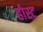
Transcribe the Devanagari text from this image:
होस्‍ट